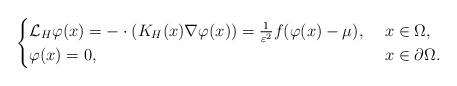
LaTeX: \begin{align*}\begin{cases}\mathcal{L}_H\varphi(x)=-\cdot(K_H(x)\nabla\varphi(x))=\frac{1}{\varepsilon^2}f(\varphi(x)-\mu),\ &x\in \Omega,\\\varphi(x)=0,\ &x\in \partial \Omega.\end{cases}\end{align*}